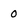
Character: 0